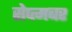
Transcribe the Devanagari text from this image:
सेप्त्मबर